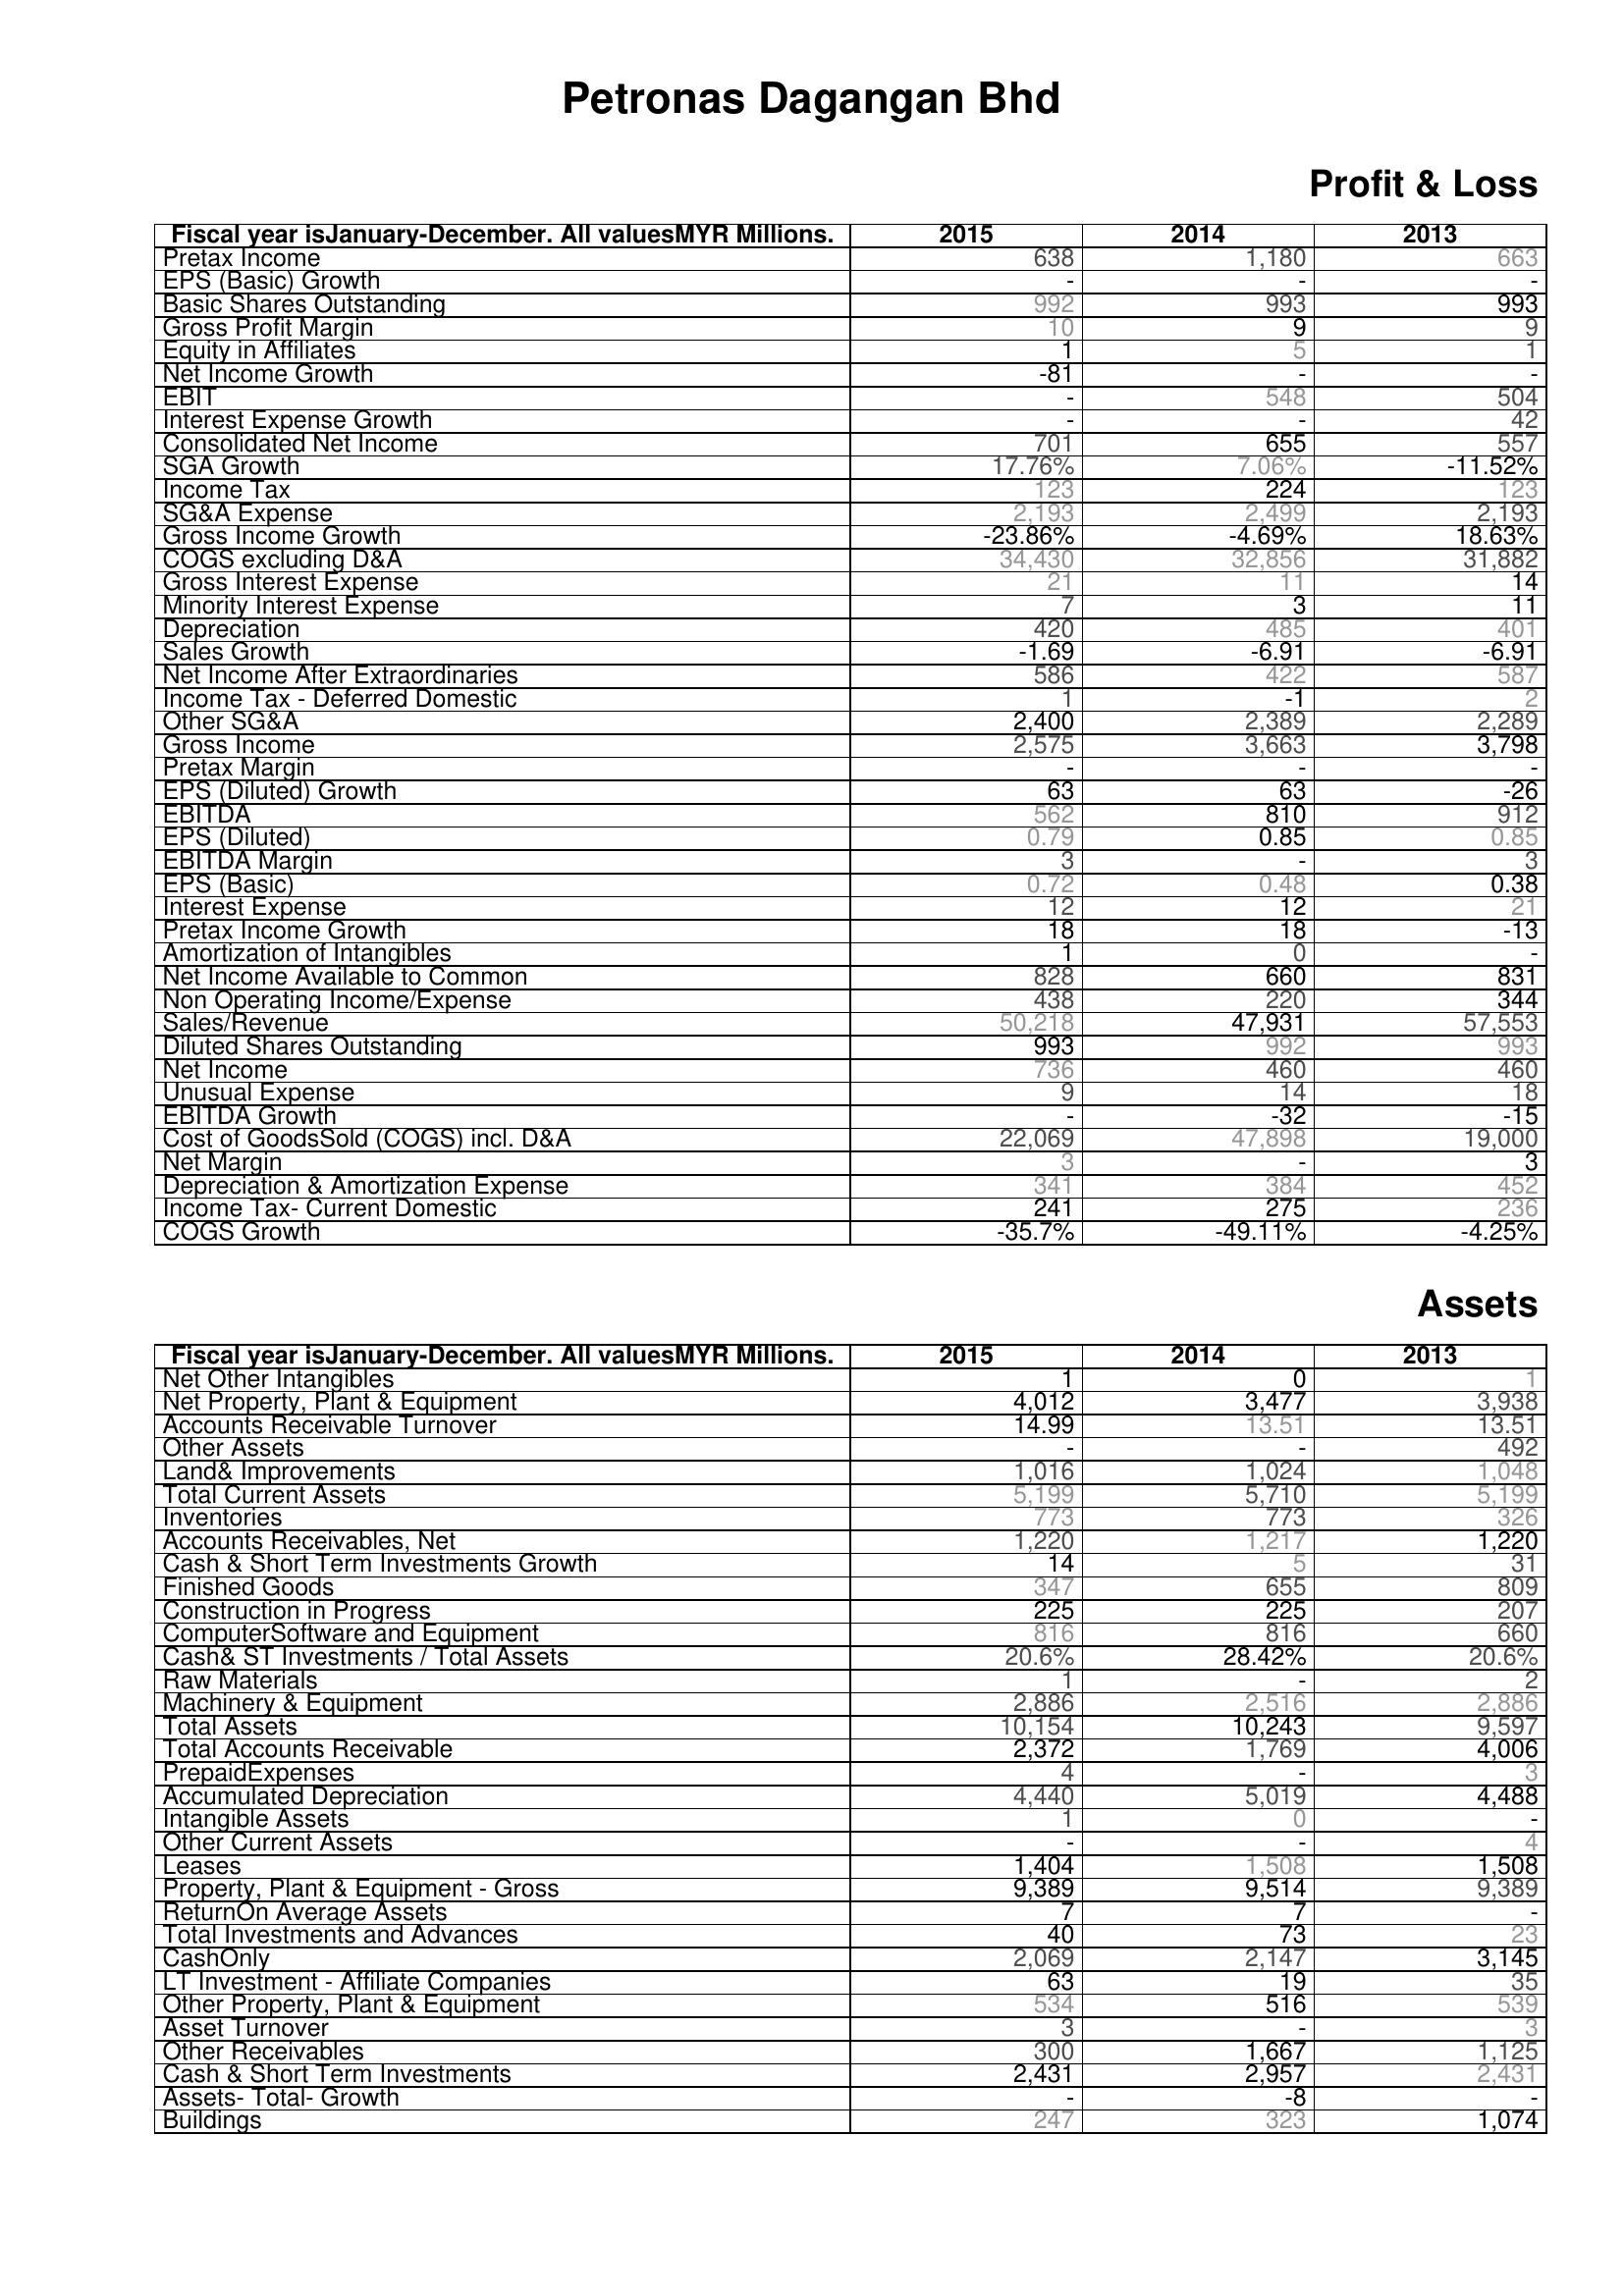
2015: Profit & Loss: Pretax Income: 638
EPS (Basic) Growth: -
Basic Shares Outstanding: 992
Gross Profit Margin: 10
Equity in Affiliates: 1
Net Income Growth: -81
EBIT: -
Interest Expense Growth: -
Consolidated Net Income: 701
SGA Growth: 17.76%
Income Tax: 123
SG&A Expense: 2,193
Gross Income Growth: -23.86%
COGS excluding D&A: 34,430
Gross Interest Expense: 21
Minority Interest Expense: 7
Depreciation: 420
Sales Growth: -1.69
Net Income After Extraordinaries: 586
Income Tax - Deferred Domestic: 1
Other SG&A: 2,400
Gross Income: 2,575
Pretax Margin: -
EPS (Diluted) Growth: 63
EBITDA: 562
EPS (Diluted): 0.79
EBITDA Margin: 3
EPS (Basic): 0.72
Interest Expense: 12
Pretax Income Growth: 18
Amortization of Intangibles: 1
Net Income Available to Common: 828
Non Operating Income/Expense: 438
Sales/Revenue: 50,218
Diluted Shares Outstanding: 993
Net Income: 736
Unusual Expense: 9
EBITDA Growth: -
Cost of GoodsSold (COGS) incl. D&A: 22,069
Net Margin: 3
Depreciation & Amortization Expense: 341
Income Tax- Current Domestic: 241
COGS Growth: -35.7%
Assets: Net Other Intangibles: 1
Net Property, Plant & Equipment: 4,012
Accounts Receivable Turnover: 14.99
Other Assets: -
Land& Improvements: 1,016
Total Current Assets: 5,199
Inventories: 773
Accounts Receivables, Net: 1,220
Cash & Short Term Investments Growth: 14
Finished Goods: 347
Construction in Progress: 225
ComputerSoftware and Equipment: 816
Cash& ST Investments / Total Assets: 20.6%
Raw Materials: 1
Machinery & Equipment: 2,886
Total Assets: 10,154
Total Accounts Receivable: 2,372
PrepaidExpenses: 4
Accumulated Depreciation: 4,440
Intangible Assets: 1
Other Current Assets: -
Leases: 1,404
Property, Plant & Equipment - Gross : 9,389
ReturnOn Average Assets: 7
Total Investments and Advances: 40
CashOnly: 2,069
LT Investment - Affiliate Companies: 63
Other Property, Plant & Equipment: 534
Asset Turnover: 3
Other Receivables: 300
Cash & Short Term Investments: 2,431
Assets- Total- Growth: -
Buildings: 247
2014: Profit & Loss: Pretax Income: 1,180
EPS (Basic) Growth: -
Basic Shares Outstanding: 993
Gross Profit Margin: 9
Equity in Affiliates: 5
Net Income Growth: -
EBIT: 548
Interest Expense Growth: -
Consolidated Net Income: 655
SGA Growth: 7.06%
Income Tax: 224
SG&A Expense: 2,499
Gross Income Growth: -4.69%
COGS excluding D&A: 32,856
Gross Interest Expense: 11
Minority Interest Expense: 3
Depreciation: 485
Sales Growth: -6.91
Net Income After Extraordinaries: 422
Income Tax - Deferred Domestic: -1
Other SG&A: 2,389
Gross Income: 3,663
Pretax Margin: -
EPS (Diluted) Growth: 63
EBITDA: 810
EPS (Diluted): 0.85
EBITDA Margin: -
EPS (Basic): 0.48
Interest Expense: 12
Pretax Income Growth: 18
Amortization of Intangibles: 0
Net Income Available to Common: 660
Non Operating Income/Expense: 220
Sales/Revenue: 47,931
Diluted Shares Outstanding: 992
Net Income: 460
Unusual Expense: 14
EBITDA Growth: -32
Cost of GoodsSold (COGS) incl. D&A: 47,898
Net Margin: -
Depreciation & Amortization Expense: 384
Income Tax- Current Domestic: 275
COGS Growth: -49.11%
Assets: Net Other Intangibles: 0
Net Property, Plant & Equipment: 3,477
Accounts Receivable Turnover: 13.51
Other Assets: -
Land& Improvements: 1,024
Total Current Assets: 5,710
Inventories: 773
Accounts Receivables, Net: 1,217
Cash & Short Term Investments Growth: 5
Finished Goods: 655
Construction in Progress: 225
ComputerSoftware and Equipment: 816
Cash& ST Investments / Total Assets: 28.42%
Raw Materials: -
Machinery & Equipment: 2,516
Total Assets: 10,243
Total Accounts Receivable: 1,769
PrepaidExpenses: -
Accumulated Depreciation: 5,019
Intangible Assets: 0
Other Current Assets: -
Leases: 1,508
Property, Plant & Equipment - Gross : 9,514
ReturnOn Average Assets: 7
Total Investments and Advances: 73
CashOnly: 2,147
LT Investment - Affiliate Companies: 19
Other Property, Plant & Equipment: 516
Asset Turnover: -
Other Receivables: 1,667
Cash & Short Term Investments: 2,957
Assets- Total- Growth: -8
Buildings: 323
2013: Profit & Loss: Pretax Income: 663
EPS (Basic) Growth: -
Basic Shares Outstanding: 993
Gross Profit Margin: 9
Equity in Affiliates: 1
Net Income Growth: -
EBIT: 504
Interest Expense Growth: 42
Consolidated Net Income: 557
SGA Growth: -11.52%
Income Tax: 123
SG&A Expense: 2,193
Gross Income Growth: 18.63%
COGS excluding D&A: 31,882
Gross Interest Expense: 14
Minority Interest Expense: 11
Depreciation: 401
Sales Growth: -6.91
Net Income After Extraordinaries: 587
Income Tax - Deferred Domestic: 2
Other SG&A: 2,289
Gross Income: 3,798
Pretax Margin: -
EPS (Diluted) Growth: -26
EBITDA: 912
EPS (Diluted): 0.85
EBITDA Margin: 3
EPS (Basic): 0.38
Interest Expense: 21
Pretax Income Growth: -13
Amortization of Intangibles: -
Net Income Available to Common: 831
Non Operating Income/Expense: 344
Sales/Revenue: 57,553
Diluted Shares Outstanding: 993
Net Income: 460
Unusual Expense: 18
EBITDA Growth: -15
Cost of GoodsSold (COGS) incl. D&A: 19,000
Net Margin: 3
Depreciation & Amortization Expense: 452
Income Tax- Current Domestic: 236
COGS Growth: -4.25%
Assets: Net Other Intangibles: 1
Net Property, Plant & Equipment: 3,938
Accounts Receivable Turnover: 13.51
Other Assets: 492
Land& Improvements: 1,048
Total Current Assets: 5,199
Inventories: 326
Accounts Receivables, Net: 1,220
Cash & Short Term Investments Growth: 31
Finished Goods: 809
Construction in Progress: 207
ComputerSoftware and Equipment: 660
Cash& ST Investments / Total Assets: 20.6%
Raw Materials: 2
Machinery & Equipment: 2,886
Total Assets: 9,597
Total Accounts Receivable: 4,006
PrepaidExpenses: 3
Accumulated Depreciation: 4,488
Intangible Assets: -
Other Current Assets: 4
Leases: 1,508
Property, Plant & Equipment - Gross : 9,389
ReturnOn Average Assets: -
Total Investments and Advances: 23
CashOnly: 3,145
LT Investment - Affiliate Companies: 35
Other Property, Plant & Equipment: 539
Asset Turnover: 3
Other Receivables: 1,125
Cash & Short Term Investments: 2,431
Assets- Total- Growth: -
Buildings: 1,074